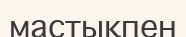
мастықпен